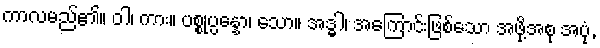
ကာလမည်၏။ ဝါ၊ ကား။ ပစ္စုပ္ပန္နော၊ သော။ အဒ္ဓါ၊ အကြောင်းဖြစ်သော အဖို့အစု အပုံ,